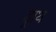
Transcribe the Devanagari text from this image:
ड्राथ